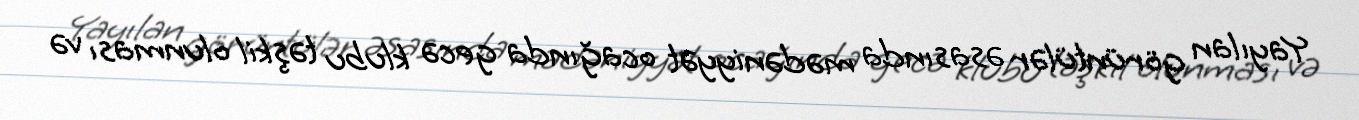
Yayılan görüntülər əsasında mədəniyyət ocağında gecə klubu təşkil olunması və